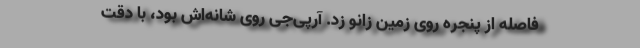
فاصله از پنجره روی زمین زانو زد. آرپی‌جی روی شانه‌اش بود، با دقت